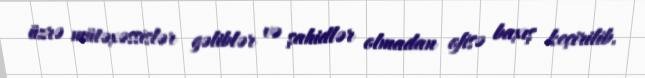
üzrə mütəxəssislər gəliblər və şahidlər olmadan ofisə baxış keçirilib.